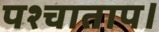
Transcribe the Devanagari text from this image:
पश्चाताप।